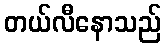
တယ်လီနောသည်